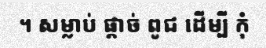
។ សម្លាប់ ផ្តាច់ ពូជ ដើម្បី កុំ